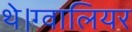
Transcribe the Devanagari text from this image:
थे।ग्वालियर